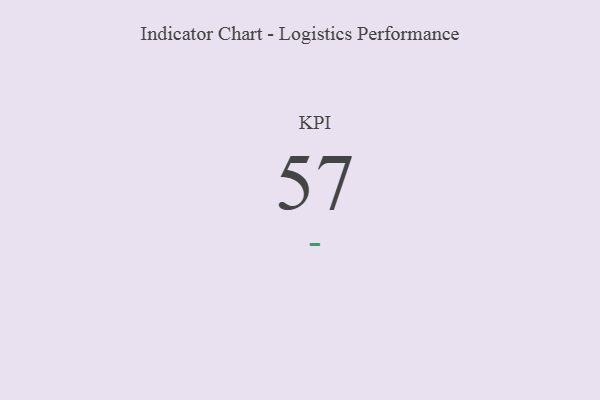
{"axis": {"x": "KPI", "y": "Value"}, "legend": [""], "data": [{"x": "KPI", "y": 57, "type": ""}]}